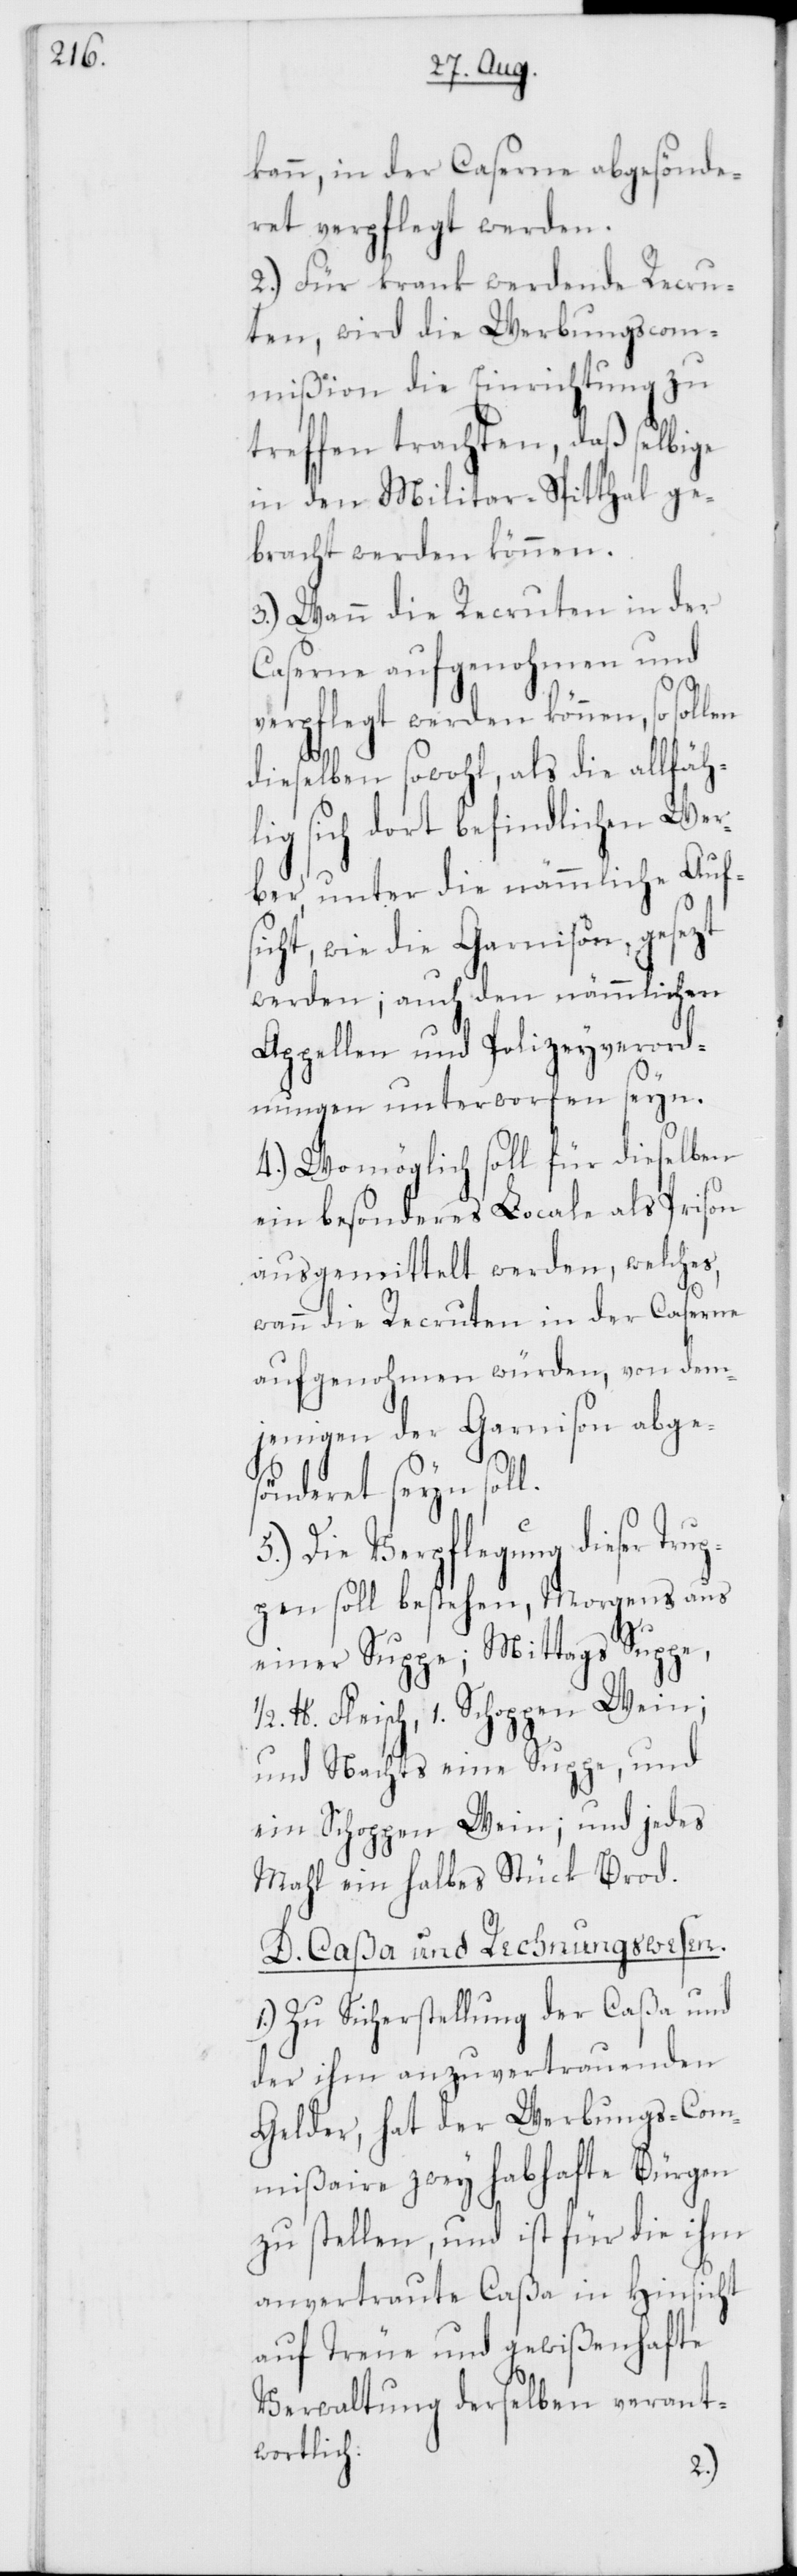
kann, in der Caserne abgesönde¬
ret verpflegt werden.
2.) Für krank werdende Recru¬
ten, wird die Werbungscom¬
mißion die Einrichtung zu
treffen trachten, daß selbige
in den Militar-Spitthal ge¬
bracht werden können.
3.) Wann die Recruten in der
Caserne aufgenohmen und
verpflegt werden können, so sollen
dieselben sowohl, als die allfäh¬
lig sich dort befindlichen Wer¬
ber, unter die nämmliche Aufs¬
icht, wie die Garnison gesezt
werden; auch den nämmlichen
Appellen und Polizeyverord¬
nungen unterworfen seyn.
4.) Womöglich soll für dieselben
ein besonderes Locale als Prison
ausgemittelt werden, welches,
wann die Recruten in der Caserne
aufgenohmen würden, von dem¬
jenigen der Garnison abges¬
önderet seyn soll.
5.) Die Verpflegung dieser Tr¬
uppen soll bestehen, Morgens aus
einer Suppe; Mittags Suppe,
1/2 lb. Fleisch, 1. Schoppen Wein;
und Nachts eine Suppe, und
ein Schoppen Wein; und jedes
Mahl ein halbes Stück Brod.
D. Caßa und Rechnungswesen.
1.) Zu Sicherstellung der Caßa und
der ihm anzuvertrauenden
Gelder, hat der Werbungs-Com¬
mißaire zwey habhafte Bürgen
zu stellen, und ist für die ihm
anvertraute Caßa in Hinsicht
auf Treue und gewißenhafte
Verwaltung derselben verant¬
wortlich.